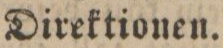
Direktionen.